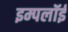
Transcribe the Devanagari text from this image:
इम्पलॉई